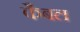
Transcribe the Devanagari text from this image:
कैबल